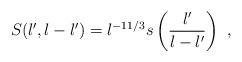
LaTeX: \begin{align*}S (l',l-l') =l^{-11/3} s\left(\frac{l'}{ l-l'}\right)\ ,\end{align*}